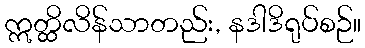
ဣတ္ထိလိန်သာတည်း, နဒါဒိရုပ်စဉ်။